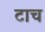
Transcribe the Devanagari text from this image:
टाच